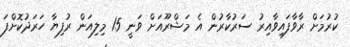
ކުރުމަށް ރާވާފައިވާއިރު ސަރުކާރުން އެ މަޝްރޫއަށް ވަނީ 15 މިލިއަން ރުފިޔާ ހަރަދުކޮށްފަ